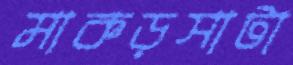
মাকড়সাটা